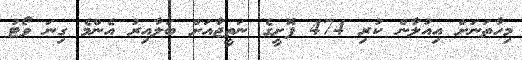
މިހާތަނަށް އިއުލާން ކުރި 474 ފޮށީގެ ނަތީޖާއަށް ބަލާއިރު އެންމެ ގިނަ ވޯޓު